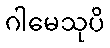
ဂါမေသုပိ